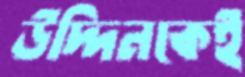
উদ্দিনকেই